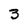
Character: 3